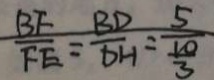
\frac { B F } { F E } = \frac { B D } { D H } = \frac { 5 } { \frac { 1 0 } { 3 } }